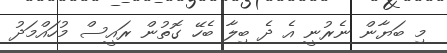
މި ބަޔާން ނެރުނީ އެ ދެ ބިލާ ބެހޭ ގޮތުން ރައީސް މުހައްމަދު